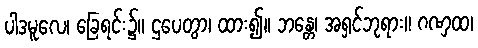
ပါဒမူလေ၊ ခြေရင်း၌။ ဌပေတွာ၊ ထား၍။ ဘန္တေ၊ အရှင်ဘုရား။ ဂဏှထ၊